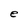
Character: e